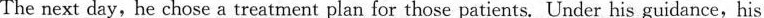
The next day, he chose a treatment plan for those patients. Under his guidance, his